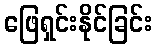
ဖြေရှင်းနိုင်ခြင်း